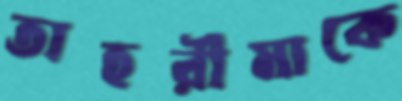
তাহরীমাকে